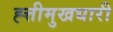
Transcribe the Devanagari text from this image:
ह्त्तीमुखधारी